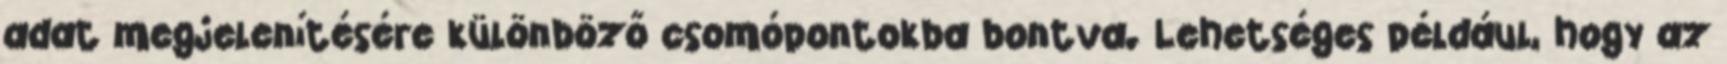
adat megjelenítésére különböző csomópontokba bontva. Lehetséges például, hogy az